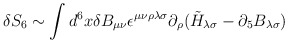
\begin{align*}\delta S_6 \sim \int d^6 x \delta B_{\mu\nu} \epsilon^{\mu\nu\rho\lambda\sigma}\partial_\rho (\tilde{H}_{\lambda\sigma} - \partial_5 B_{\lambda\sigma})\end{align*}